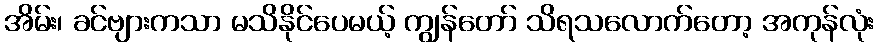
အိမ်း၊ ခင်ဗျားကသာ မသိနိုင်ပေမယ့် ကျွန်တော် သိရသလောက်တော့ အကုန်လုံး